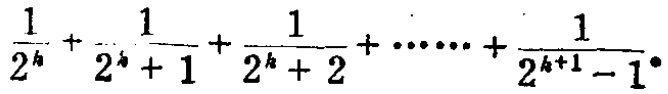
$\frac{1}{2^{k}}+\frac{1}{2^{k}+1}+\frac{1}{2^{k}+2}+\cdots\cdots+\frac{1}{2^{k + 1}-1}.$